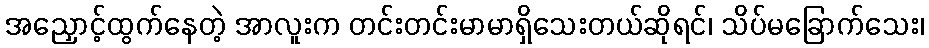
အညှောင့်ထွက်နေတဲ့ အာလူးက တင်းတင်းမာမာရှိသေးတယ်ဆိုရင်၊ သိပ်မခြောက်သေး၊